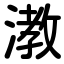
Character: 漖